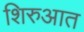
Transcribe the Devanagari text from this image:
शिरुआत